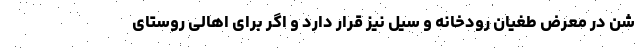
شن در معرض طغیان رودخانه و سیل نیز قرار دارد و اگر برای اهالی روستای